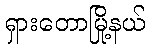
ရှားတောမြို့နယ်